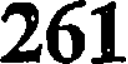
261